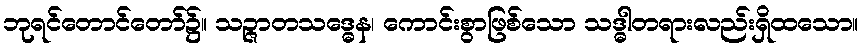
ဘုရင်တောင်တော်၌။ သဉ္ဇာတသဒ္ဓေန၊ ကောင်းစွာဖြစ်သော သဒ္ဓါတရားလည်းရှိထသော။